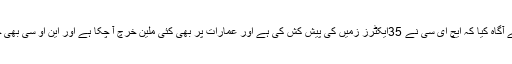
ڈی جی ایچ ای سی نے آگاہ کیا کہ ایچ ای سی نے 35ایکٹرز زمیں کی پیش کش کی ہے اور عمارات پر بھی کئی ملین خرچ آ چکا ہے اور این او سی بھی جاری کر دیا گیا ہے ۔